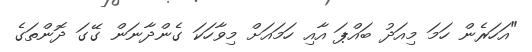
"އަހަރެން ހަމަ މިއަދު ބައްޕަ އާއި ހަމައަށް މިވާހަކަ ގެންދާނަން ގޭގަ ދޮންތަގެ